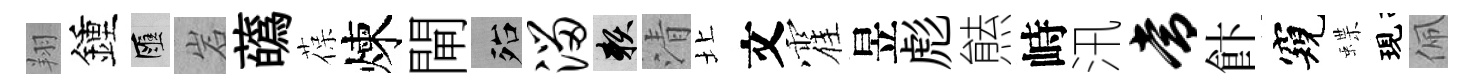
翔鍾匯岩蘤葆煉閘殆溜賴清北文霍昱彪㷱峙汛常飰窺蝶現佩